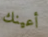
أعينك